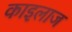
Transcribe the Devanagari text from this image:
काइलाज